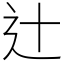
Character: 辻